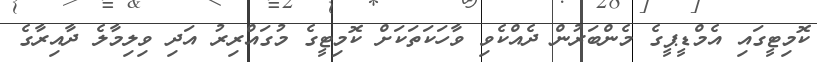
ކޮމިޓީގައި އެމްޑީޕީގެ މެންބަރުން ދެއްކެވި ވާހަކަތަކަށް ކޮމިޓީގެ މުގައްރިރު އަދި ވިލިމާލެ ދާއިރާގެ